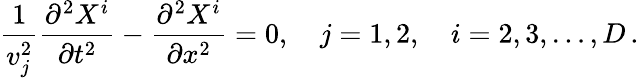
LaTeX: \frac{1}{v_{j}^{2}}\frac{\partial^{2}X^{i}}{\partial t^{2}}-\frac{\partial^{2}X^{i}}{\partial x^{2}}=0,\quad j=1,2,\quad i=2,3,\dots,D\, {.}